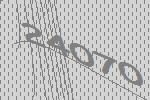
24070